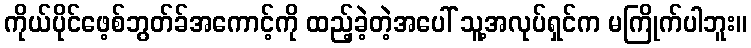
ကိုယ်ပိုင်ဖေ့စ်ဘွတ်ခ်အကောင့်ကို ထည့်ခဲ့တဲ့အပေါ် သူ့အလုပ်ရှင်က မကြိုက်ပါဘူး။